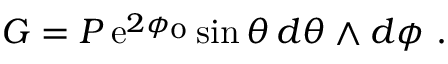
G = P \, { \mathrm { e } } ^ { 2 \phi _ { 0 } } \sin \theta \, d \theta \wedge d \phi \ .